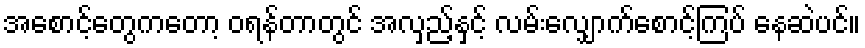
အစောင့်တွေကတော့ ဝရန်တာတွင် အလှည့်နှင့် လမ်းလျှောက်စောင့်ကြပ် နေဆဲပင်။